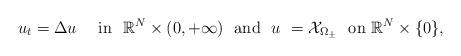
LaTeX: \begin{align*} u_t =\Delta u\quad\mbox{ in }\ \mathbb R^N\times (0,+\infty) \ \mbox{ and }\ u\ ={\mathcal X}_{\Omega_\pm}\ \mbox{ on } \mathbb R^N\times\{0\},\end{align*}